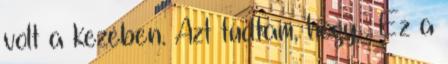
volt a kezében. Azt tudtam, hogy . Ez a